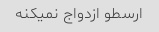
ارسطو ازدواج نمیکنه